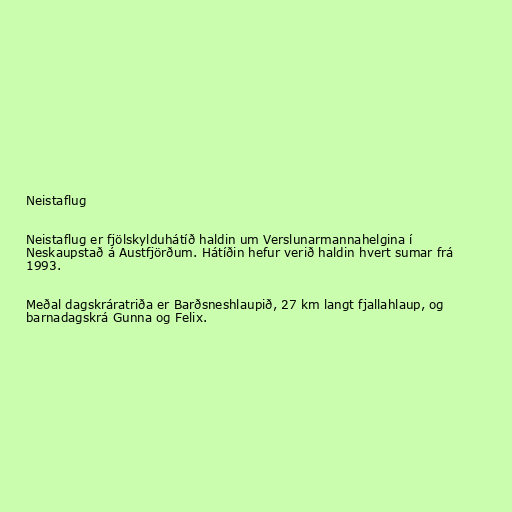
Neistaflug

Neistaflug er fjölskylduhátíð haldin um Verslunarmannahelgina í
Neskaupstað á Austfjörðum. Hátíðin hefur verið haldin hvert sumar frá
1993.

Meðal dagskráratriða er Barðsneshlaupið, 27 km langt fjallahlaup, og
barnadagskrá Gunna og Felix.